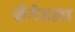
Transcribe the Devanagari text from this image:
सेनेटला